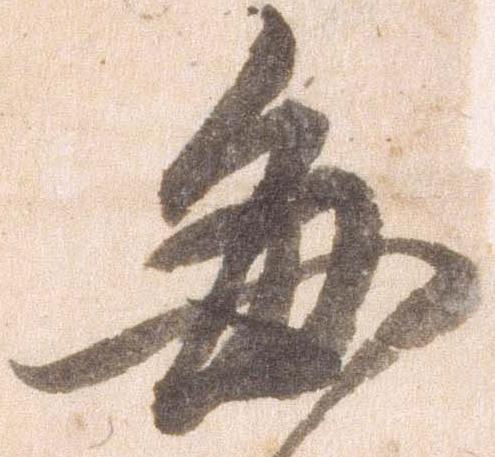
毎